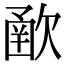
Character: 𣣻